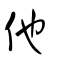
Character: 他